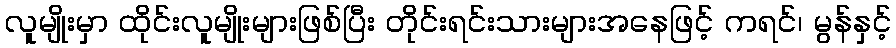
လူမျိုးမှာ ထိုင်းလူမျိုးများဖြစ်ပြီး တိုင်းရင်းသားများအနေဖြင့် ကရင်၊ မွန်နှင့်